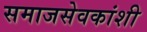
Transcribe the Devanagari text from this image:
समाजसेवकांशी